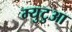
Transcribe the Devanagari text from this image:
म्युटुआ